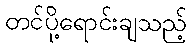
တင်ပို့ရောင်းချသည့်